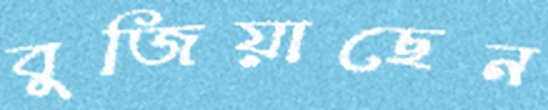
বুজিয়াছেন